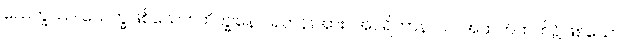
သေက္ခဿ၊ သေက္ခဖြစ်သော။ ဘိက္ခုနော၊ ရဟန်းအား။ အပရိဟာနာယ၊ အထက်ထက်၌ဖြစ်သော